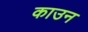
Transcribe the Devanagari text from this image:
काउन